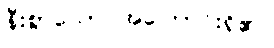
နီးစွာသော အကြောင်းရှိ၏။